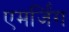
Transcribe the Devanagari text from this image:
एमर्जिंग